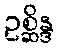
ဥစ္ဆိန္ဒ